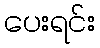
ပေးရင်း